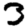
Digit: 3